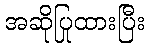
အဆိုပြုထားပြီး